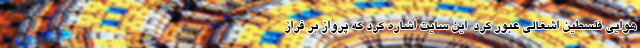
هوایی فلسطین اشغالی عبور کرد. این سایت اشاره کرد که پرواز بر فراز